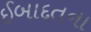
ઈબાદતના